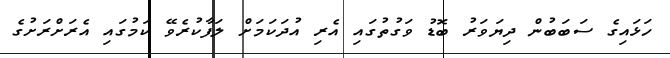
ހަޅައިގެ ސަބަބުން ދިޔަވަރު ބޮޑު ވަގުތުގައި އެރި އުދަކަމަށް ލަފާކުރެވޭ ކަމުގައި އެރަށްރަށުގެ